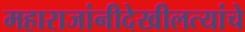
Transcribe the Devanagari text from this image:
महाराजांनीदेखीलत्यांचे